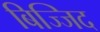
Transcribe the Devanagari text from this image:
बिज्जिद